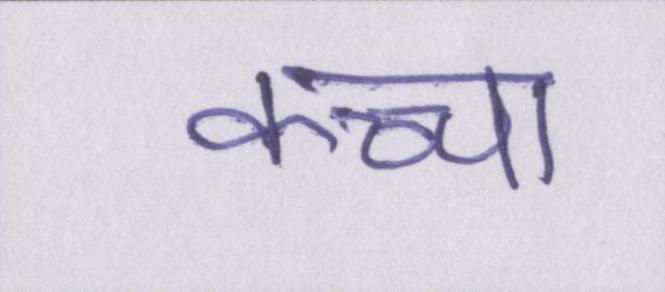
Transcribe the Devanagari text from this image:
कच्चा